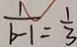
\frac { 1 } { b - 1 } = \frac { 1 } { 3 }